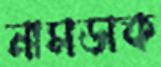
নাসডাক